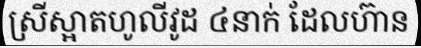
ស្រីស្អាតហូលីវូដ ៤នាក់ ដែលហ៊ាន